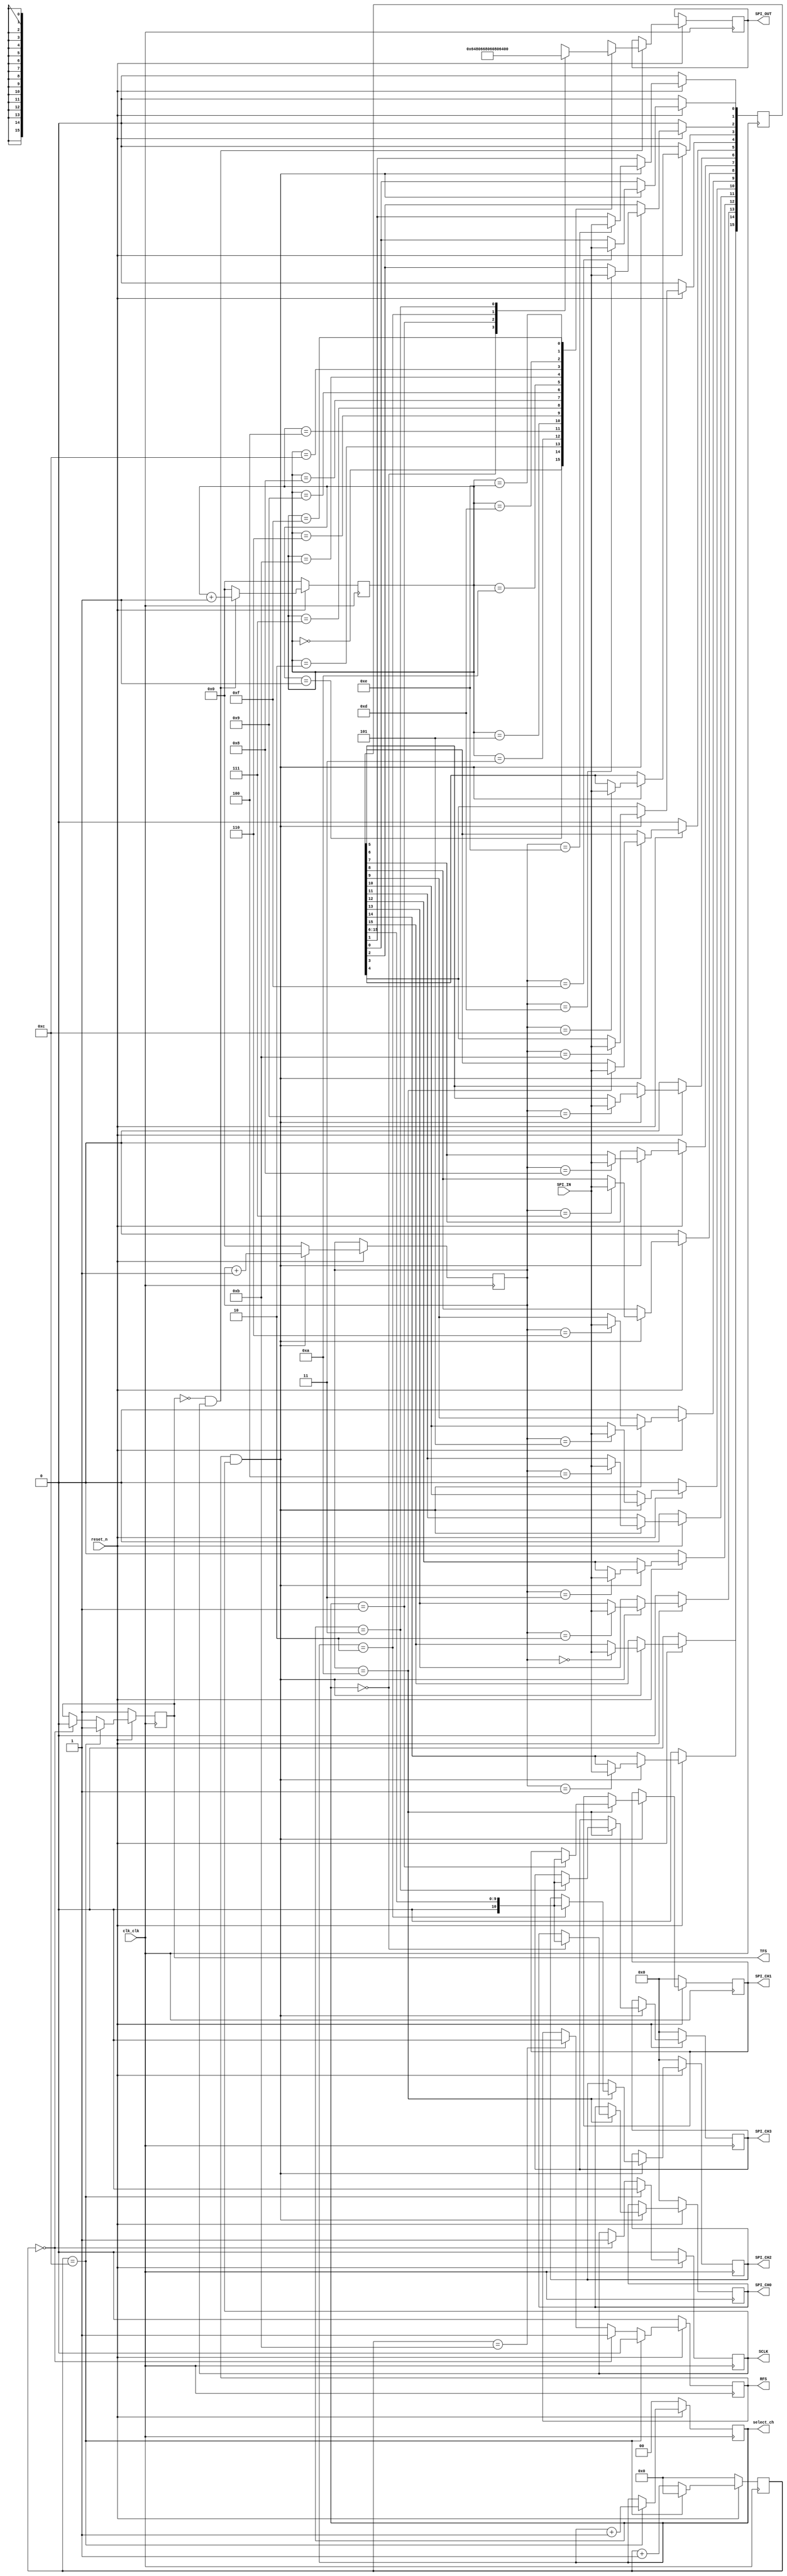
module ADC_DataControl(	input clk_clk, //clock
								input reset_n, //reset signal
								output reg RFS, //ADC control lines
								output reg TFS,
								output reg SCLK,
								output reg [1:0] select_ch, //channel select
								input SPI_IN, //input from ADC
								output reg SPI_OUT, //output to ADC
								output reg signed [10:0] SPI_CH0, //ch data
								output reg signed [10:0] SPI_CH1, 
								output reg signed [10:0] SPI_CH2, 
								output reg signed [10:0] SPI_CH3);
								

/************************************/
//counters

reg [3:0] read_counter; 
reg [3:0] write_counter;

/*************************************/
/*************************************/
//SPI control signals


/**********channel selection*****************/
reg [15:0] output_signal; //output sequence to ADC
always @(select_ch)
begin
	case (select_ch)		
		//code that works for 4ch correctly
		2'b00: output_signal = 16'h6480; //ch0
		2'b01: output_signal = 16'h6680; //ch1
		2'b10: output_signal = 16'h6080; //ch2
		2'b11: output_signal = 16'h6280; //ch3		
	endcase
end

/*************Control lines to ADC**********/
reg [5:0] count; //
always@(posedge clk_clk)
begin
	if (~reset_n) 
	begin
		//ADC does not transfer
		count <= 6'h00;
		RFS <= 1'b0;
		TFS <= 1'b1;
		SCLK <= 2'b00;
		select_ch <= 1'b0;
	end	
	else
	begin
		if (count == 0) 
		begin
			RFS <= 1'b1; 
			TFS <= 1'b0;
			SCLK <=1'b1;
		end
		else if (count == 11) RFS<= 1'b0;
		if (count == 12)
		begin
			SCLK <=0;
			count <=6'h00;
			TFS <= 1'b1;
			RFS <= 1'b0;
			select_ch <= select_ch+1'b1;
		end
		else count<= count+1'b1;
	end
end
/************************************************/
/************************************************/
/***********************************************/


/***********SPI Data******************/
reg [15:0]SPI_IN_signal;

//data input from ADC
always@(posedge clk_clk)
begin
	if (~reset_n)
	begin
		SPI_IN_signal <= 10'h000;
		SPI_CH0 <= 10'h000;
		SPI_CH1 <= 10'h000;
		SPI_CH2 <= 10'h000;
		SPI_CH3 <= 10'h000;
	end
	else 
	begin
		if (RFS&&SCLK)
		begin
			case(read_counter)
				0: SPI_IN_signal[15] <= SPI_IN;
				1: SPI_IN_signal[14] <= SPI_IN;
				2: SPI_IN_signal[13] <= SPI_IN;
				3: SPI_IN_signal[12] <= SPI_IN;
				4: SPI_IN_signal[11] <= SPI_IN;
				5: SPI_IN_signal[10] <= SPI_IN;
				6: SPI_IN_signal[9] <= SPI_IN;
				7: SPI_IN_signal[8] <= SPI_IN;
				8: SPI_IN_signal[7] <= SPI_IN;
				9: SPI_IN_signal[6] <= SPI_IN;
				10: 
				begin
					SPI_IN_signal[5] <= SPI_IN;
					case (select_ch)
						2'b00: SPI_CH0 <= {1'b0,SPI_IN_signal[15:6]};
						2'b01: SPI_CH1 <= {1'b0,SPI_IN_signal[15:6]};
						2'b10: SPI_CH2 <= {1'b0,SPI_IN_signal[15:6]};
						2'b11: SPI_CH3 <= {1'b0,SPI_IN_signal[15:6]};
					endcase
				end
				11: SPI_IN_signal[4] <= SPI_IN;
				12: SPI_IN_signal[3] <= SPI_IN;
				13: SPI_IN_signal[2] <= SPI_IN;
				14: SPI_IN_signal[1] <= SPI_IN;
				15: SPI_IN_signal[0] <= SPI_IN;					
			endcase
			read_counter <= read_counter+1'b1;
		end	
		else read_counter<= 4'b0000;
	end	
end

/***********************************************/
/***********************************************/
/***********************************************/

//data output to ADC
always@(negedge clk_clk)
begin
if (~reset_n)
	begin
		write_counter<= 4'b0000;
	end
	else //'negative edge' of CE_SCLK
	begin
		if (~TFS&&SCLK)
		begin
			case (write_counter)
				0: SPI_OUT <= output_signal[15];
				1: SPI_OUT <= output_signal[14];			
				2: SPI_OUT <= output_signal[13];
				3: SPI_OUT <= output_signal[12];
				4: SPI_OUT <= output_signal[11];			
				5: SPI_OUT <= output_signal[10];
				6: SPI_OUT <= output_signal[9];
				7: SPI_OUT <= output_signal[8];			
				8: SPI_OUT <= output_signal[7];
				9: SPI_OUT <= output_signal[6];
				10: SPI_OUT <= output_signal[5];
				11: SPI_OUT <= output_signal[4];
				12: SPI_OUT <= output_signal[3];
				13: SPI_OUT <= output_signal[2];
				14: SPI_OUT <= output_signal[1];
				15: SPI_OUT <= output_signal[0];
				default: SPI_OUT <= 1'b0;	
			endcase		

			write_counter <= write_counter+1;		
		end
		else write_counter<= 4'b0000;		
	end
end


endmodule